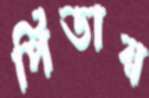
পিডায়